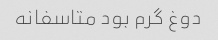
دوغ گرم بود متاسفانه